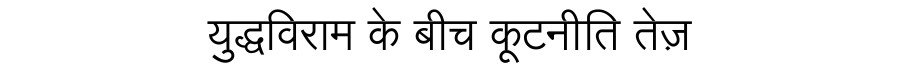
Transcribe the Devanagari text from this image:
युद्धविराम के बीच कूटनीति तेज़